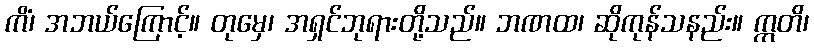
ကိံ၊ အဘယ်ကြောင့်။ တုမှေ၊ အရှင်ဘုရားတို့သည်။ ဘဏထ၊ ဆိုကုန်သနည်း။ ဣတိ၊